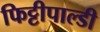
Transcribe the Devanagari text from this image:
फिट्टीपाल्डी